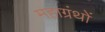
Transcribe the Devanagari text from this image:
महाग्रंथों